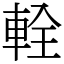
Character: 輇